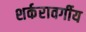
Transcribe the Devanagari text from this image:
शर्करावर्गीय